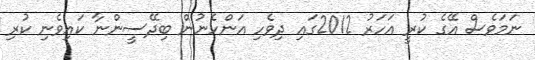
ނަމަވެސް އޭގެ ކުރީ އަހަރު 2012ގައި ދިވެހި އަންހެނުން ބިދޭސީންނާ ކައިވެނި ކުރި